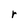
Character: r